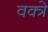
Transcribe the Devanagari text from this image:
वक्त्रे